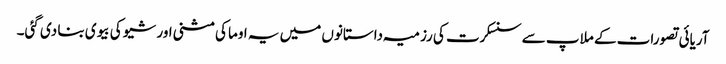
آریائی تصورات کے ملاپ سے سنسکرت کی رزمیہ داستانوں میں یہ اوما کی مثنی اور شیو کی بیوی بنا دی گئی۔